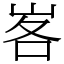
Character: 峉